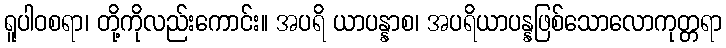
ရူပါဝစရာ၊ တို့ကိုလည်းကောင်း။ အပရိ ယာပန္နာစ၊ အပရိယာပန္နဖြစ်သောလောကုတ္တရာ